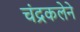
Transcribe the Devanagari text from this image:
चंद्रकलेने